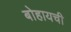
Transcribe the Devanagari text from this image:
बोहायची